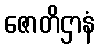
ဇောတိဌာနံ